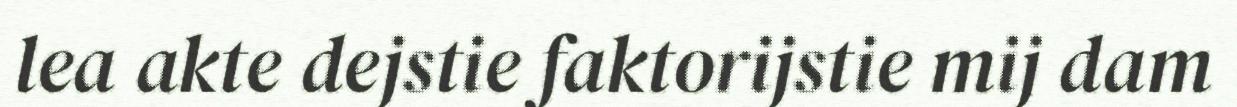
lea akte dejstie faktorijstie mij dam